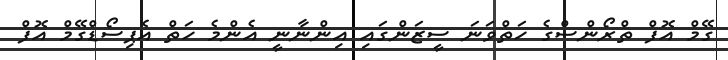
ގޭމް އޮފް ތްރޯންސްގެ ހަތްވަނަ ސީޒަންގައި އިންނާނީ އެންމެ ހަތް އެޕިސޯޑްގޭމް އޮފް